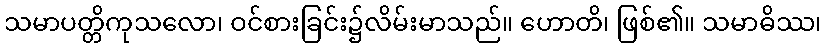
သမာပတ္တိကုသလော၊ ဝင်စားခြင်း၌လိမ်းမာသည်။ ဟောတိ၊ ဖြစ်၏။ သမာဓိဿ၊